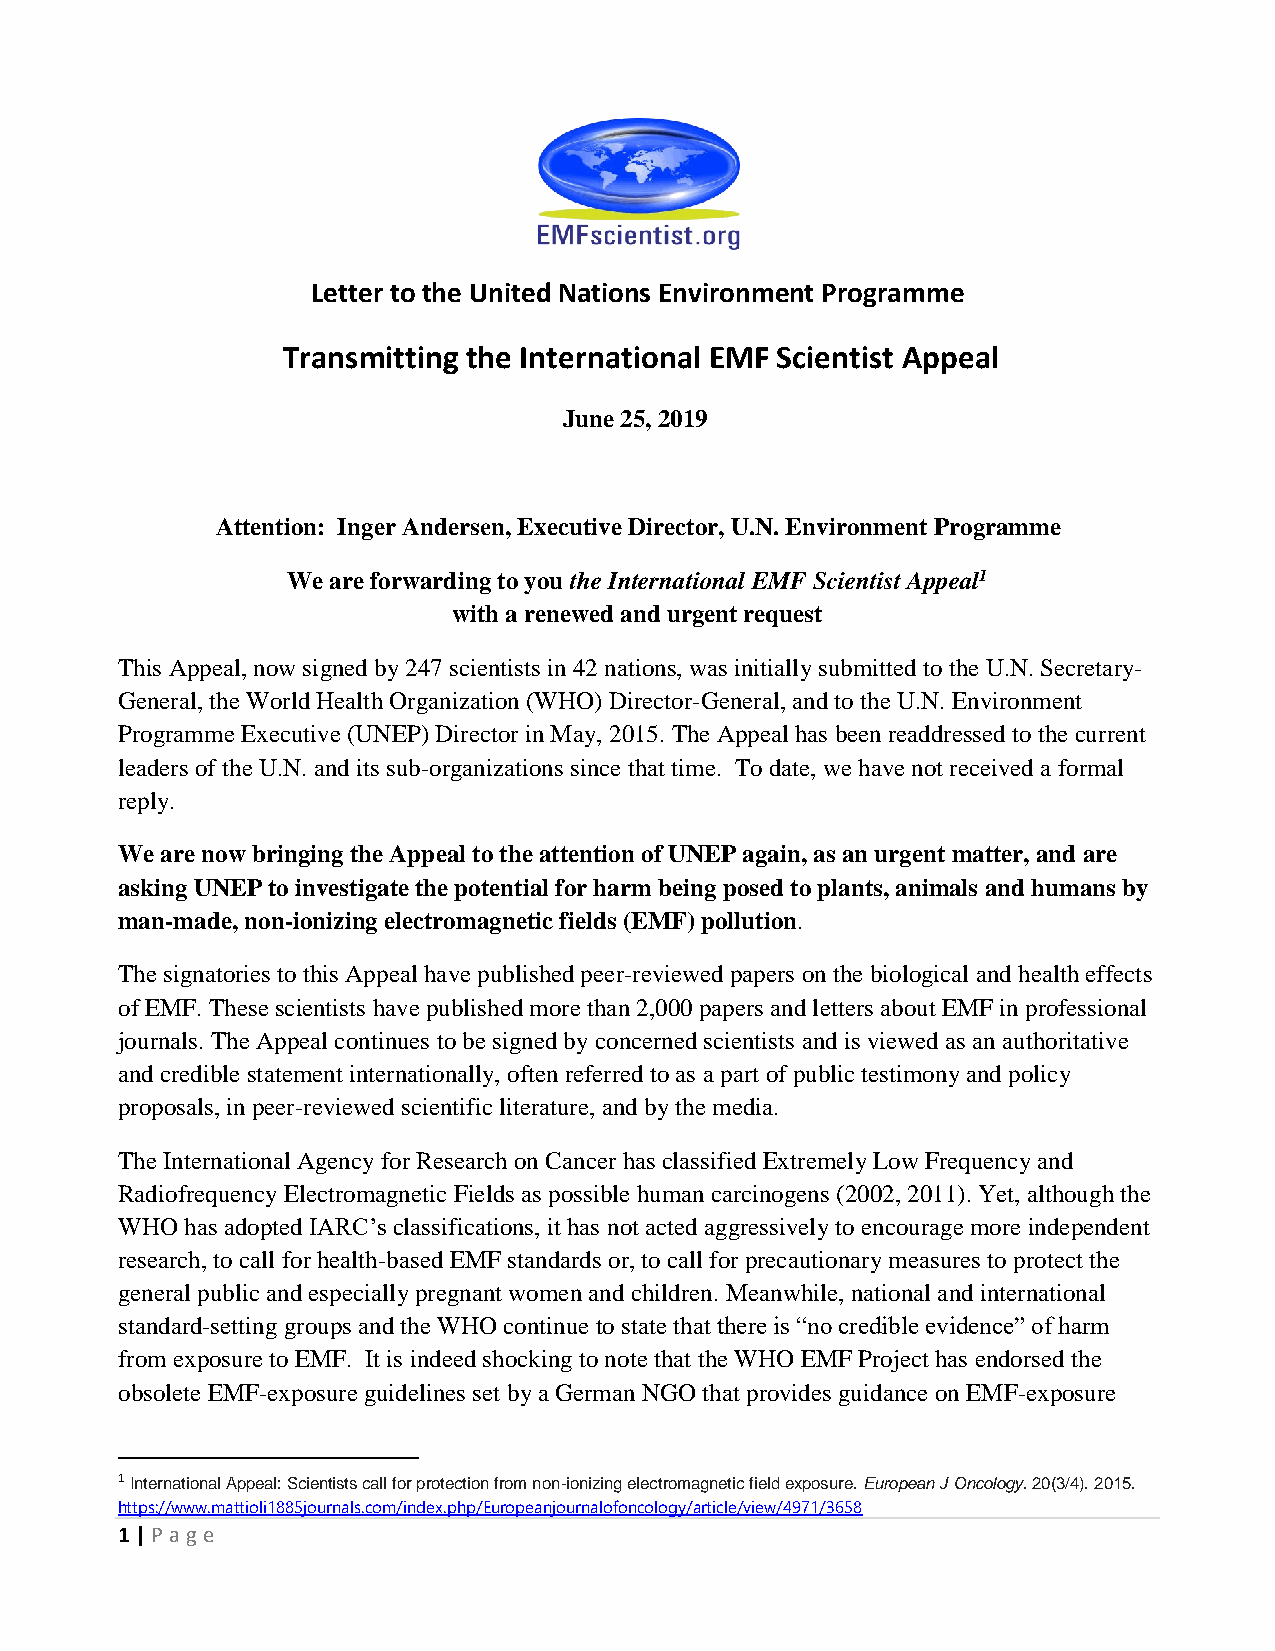
Letter to the United Nations Environment Programme
 Transmitting the International EMF Scientist Appeal
 June 25, 2019
 Attention: Inger Andersen, Executive Director, U.N. Environment Programme
 We are forwarding to you the International EMF Scientist Appeal1
 with a renewed and urgent request
 This Appeal, now signed by 247 scientists in 42 nations, was initially submitted to the U.N. Secretary-
 General, the World Health Organization (WHO) Director-General, and to the U.N. Environment
 Programme Executive (UNEP) Director in May, 2015. The Appeal has been readdressed to the current
 leaders of the U.N. and its sub-organizations since that time. To date, we have not received a formal
 reply.
 We are now bringing the Appeal to the attention of UNEP again, as an urgent matter, and are
 asking UNEP to investigate the potential for harm being posed to plants, animals and humans by
 man-made, non-ionizing electromagnetic fields (EMF) pollution.
 The signatories to this Appeal have published peer-reviewed papers on the biological and health effects
 of EMF. These scientists have published more than 2,000 papers and letters about EMF in professional
 journals. The Appeal continues to be signed by concerned scientists and is viewed as an authoritative
 and credible statement internationally, often referred to as a part of public testimony and policy
 proposals, in peer-reviewed scientific literature, and by the media.
 The International Agency for Research on Cancer has classified Extremely Low Frequency and
 Radiofrequency Electromagnetic Fields as possible human carcinogens (2002, 2011). Yet, although the
 WHO has adopted IARC’s classifications, it has not acted aggressively to encourage more independent
 research, to call for health-based EMF standards or, to call for precautionary measures to protect the
 general public and especially pregnant women and children. Meanwhile, national and international
 standard-setting groups and the WHO continue to state that there is “no credible evidence” of harm
 from exposure to EMF. It is indeed shocking to note that the WHO EMF Project has endorsed the
 obsolete EMF-exposure guidelines set by a German NGO that provides guidance on EMF-exposure
 1 International Appeal: Scientists call for protection from non-ionizing electromagnetic field exposure. European J Oncology. 20(3/4). 2015.
 https://www.mattioli1885journals.com/index.php/Europeanjournalofoncology/article/view/4971/3658
 1 | P age